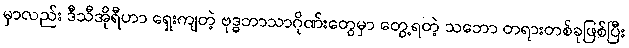
မှာလည်း ဒီသီအိုရီဟာ ရှေးကျတဲ့ ဗုဒ္ဓဘာသာဂိုဏ်းတွေမှာ တွေ့ရတဲ့ သဘော တရားတစ်ခုဖြစ်ပြီး